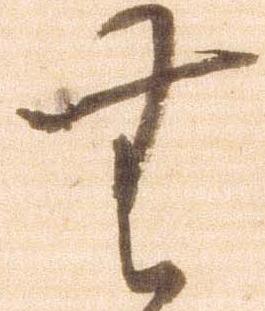
無